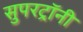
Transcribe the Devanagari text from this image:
सुपरट्रॉनी